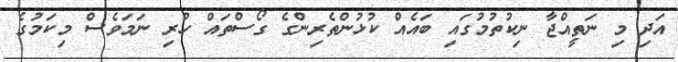
އަދި މި ނަތީއްޖާ ނިކުތުމުގައި ބައެއް ކުޅުންތެރިންގެ ގޯސްތައް ހުރި ނަމަވެސް މިކަމުގެ